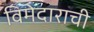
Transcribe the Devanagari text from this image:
विमेदाराची